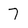
Character: 7